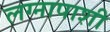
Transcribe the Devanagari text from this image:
लग्नापाशी